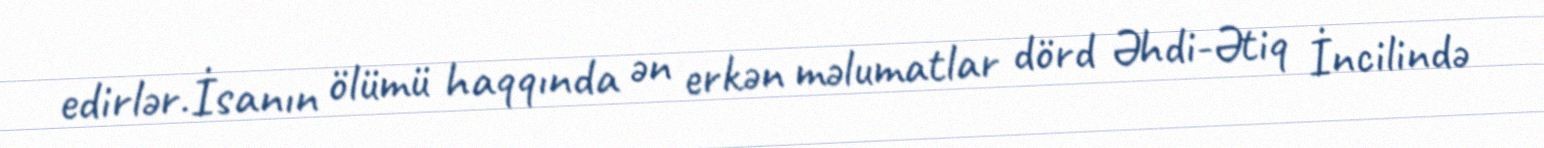
edirlər.İsanın ölümü haqqında ən erkən məlumatlar dörd Əhdi-Ətiq İncilində